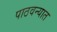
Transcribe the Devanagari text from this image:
पाठवन्यात